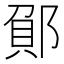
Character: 𮠂